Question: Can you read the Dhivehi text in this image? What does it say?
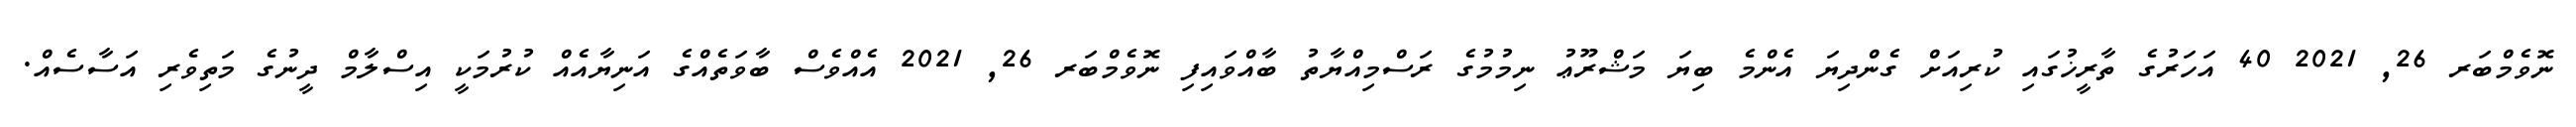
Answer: ނޮވެމްބަރ 26, 2021 40 އަހަރުގެ ތާރީޚުގައި ކުރިއަށް ގެންދިޔަ އެންމެ ބިޔަ މަޝްރޫޢު ނިމުމުގެ ރަސްމިއްޔާތު ބާއްވައިފި ނޮވެމްބަރ 26, 2021 އެއްވެސް ބާވަތެއްގެ އަނިޔާއެއް ކުރުމަކީ އިސްލާމް ދީނުގެ މަތިވެރި އަސާސެއް.